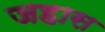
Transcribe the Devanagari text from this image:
जहास